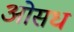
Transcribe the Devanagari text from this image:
ओसध